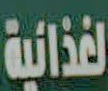
الغذائية